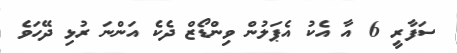
ސަފާރީ 6 އާ އެކު އެޕަލުން ވިންޑޯޒް ދެކެ އަންނަ ރުޅި ދޭހަވެ